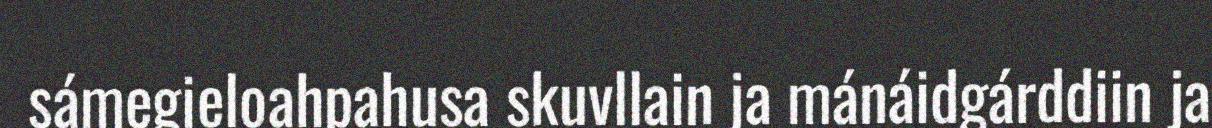
sámegieloahpahusa skuvllain ja mánáidgárddiin ja